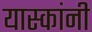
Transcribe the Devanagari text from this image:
यास्कांनी